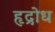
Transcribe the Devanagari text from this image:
हृद्रोध